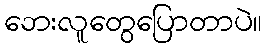
ဘေးလူတွေပြောတာပဲ။